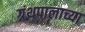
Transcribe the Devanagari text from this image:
ग्रंथपालाच्या